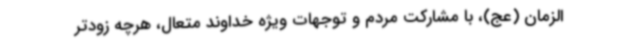
‌الزمان (عج)، با مشارکت مردم و توجهات ویژه خداوند متعال، هرچه زودتر